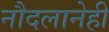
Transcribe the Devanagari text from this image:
नौदलानेही